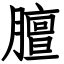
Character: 膻